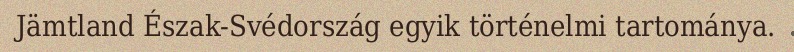
Jämtland Észak-Svédország egyik történelmi tartománya.